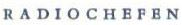
RADIOCHEFEN